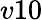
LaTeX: v10